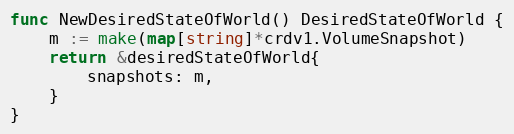
Language: Go
func NewDesiredStateOfWorld() DesiredStateOfWorld {
	m := make(map[string]*crdv1.VolumeSnapshot)
	return &desiredStateOfWorld{
		snapshots: m,
	}
}